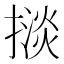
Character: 𢴗